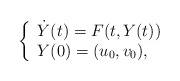
\begin{align*}\left\{\begin{array}{ll}\dot Y(t)=F(t,Y(t))\\Y(0)=(u_0,v_0),\end{array}\right.\end{align*}